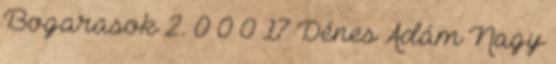
Bogarasok 2. 0 0 0 17 Dénes Ádám Nagy